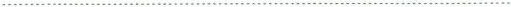
…………